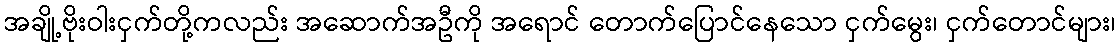
အချို့ဗိုးဝါးငှက်တို့ကလည်း အဆောက်အဦကို အရောင် တောက်ပြောင်နေသော ငှက်မွေး၊ ငှက်တောင်များ၊